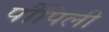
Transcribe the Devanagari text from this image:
पौपिली